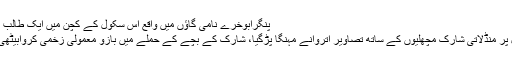
پنگرابوخرے نامی گاؤں میں واقع اس سکول کے کچن میں ایک طالب علم نے سانپ کو دیکھا جس کی ...
امریکی ماڈل کو بہاماس کے ساحل پر منڈلاتی شارک مچھلیوں کے ساتھ تصاویر اتروانے مہنگا پڑگیا، شارک کے بچے کے حملے میں بازو معمولی زخمی کروابیٹھی لیکن زندگی گنوانے سے بچ گئی ۔